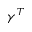
\gamma ^ { T }